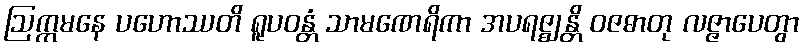
ဩက္ကမနေ ပဟောဿတိ ရူပဝန္တံ သာမဏေရိကာ အပရဇ္ဈန္တိ ဝဇဓာတု လဇ္ဇာပေတွာ